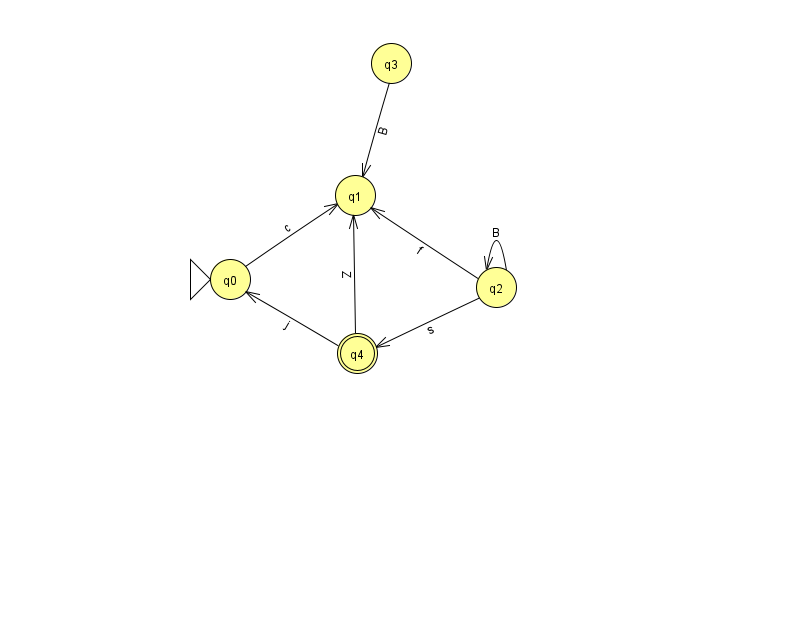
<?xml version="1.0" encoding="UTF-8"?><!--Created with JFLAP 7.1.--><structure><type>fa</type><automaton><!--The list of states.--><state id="0" name="q0"><x>230.0</x><y>266.0</y><initial/></state><state id="1" name="q1"><x>355.0</x><y>182.0</y></state><state id="2" name="q2"><x>496.0</x><y>274.0</y></state><state id="3" name="q3"><x>391.0</x><y>50.0</y></state><state id="4" name="q4"><x>357.0</x><y>340.0</y><final/></state><!--The list of transitions.--><transition><from>3</from><to>1</to><read>B</read></transition><transition><from>2</from><to>2</to><read>B</read></transition><transition><from>2</from><to>1</to><read>f</read></transition><transition><from>4</from><to>1</to><read>Z</read></transition><transition><from>0</from><to>1</to><read>c</read></transition><transition><from>2</from><to>4</to><read>s</read></transition><transition><from>4</from><to>0</to><read>j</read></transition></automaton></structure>